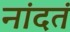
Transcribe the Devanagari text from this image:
नांदतं